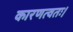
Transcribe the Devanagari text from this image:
कारणत्वतः।